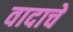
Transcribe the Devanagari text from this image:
वादाचें